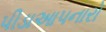
પીડાઆપનારો